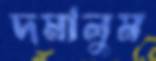
দমালুম